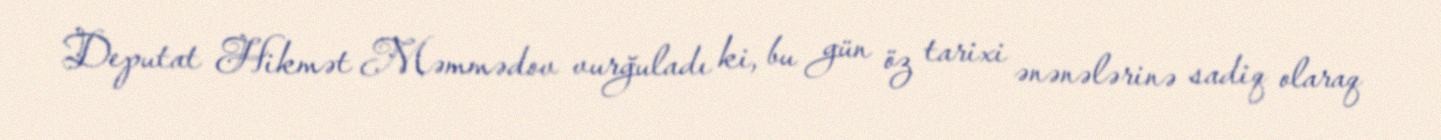
Deputat Hikmət Məmmədov vurğuladı ki, bu gün öz tarixi ənənələrinə sadiq olaraq